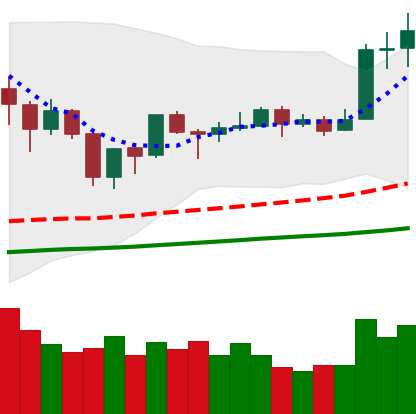
Ticker: TRX-USD
Chart end date: 2019-06-24
Forward return: -7.859%
Label: down_7plus